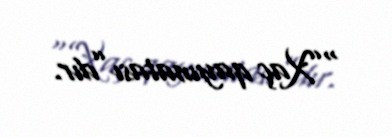
“”Xaç qayınatası”dır.